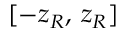
[ - z _ { R } , \, z _ { R } ]